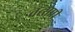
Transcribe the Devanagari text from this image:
वत्सप्री